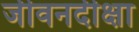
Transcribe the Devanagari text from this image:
जीवनदीक्षा